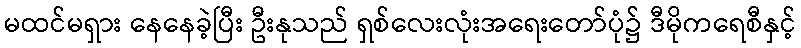
မထင်မရှား နေနေခဲ့ပြီး ဦးနုသည် ရှစ်လေးလုံးအရေးတော်ပုံ၌ ဒီမိုကရေစီနှင့်